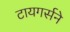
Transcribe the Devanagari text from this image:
टायगर्सने